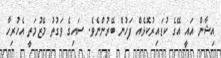
އިޝާން އައީ އޭގެ ކުޑައިރުކޮޅެއް ފަހުން ބޭރުންނެވެ. ސައިގެ ވަގުތު މޭޒުމަތީ އެހުރިހާ